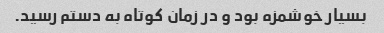
بسیار خوشمزه بود و در زمان کوتاه به دستم رسید.